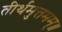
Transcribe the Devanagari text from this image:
तीर्थमुत्तमम्‌॥